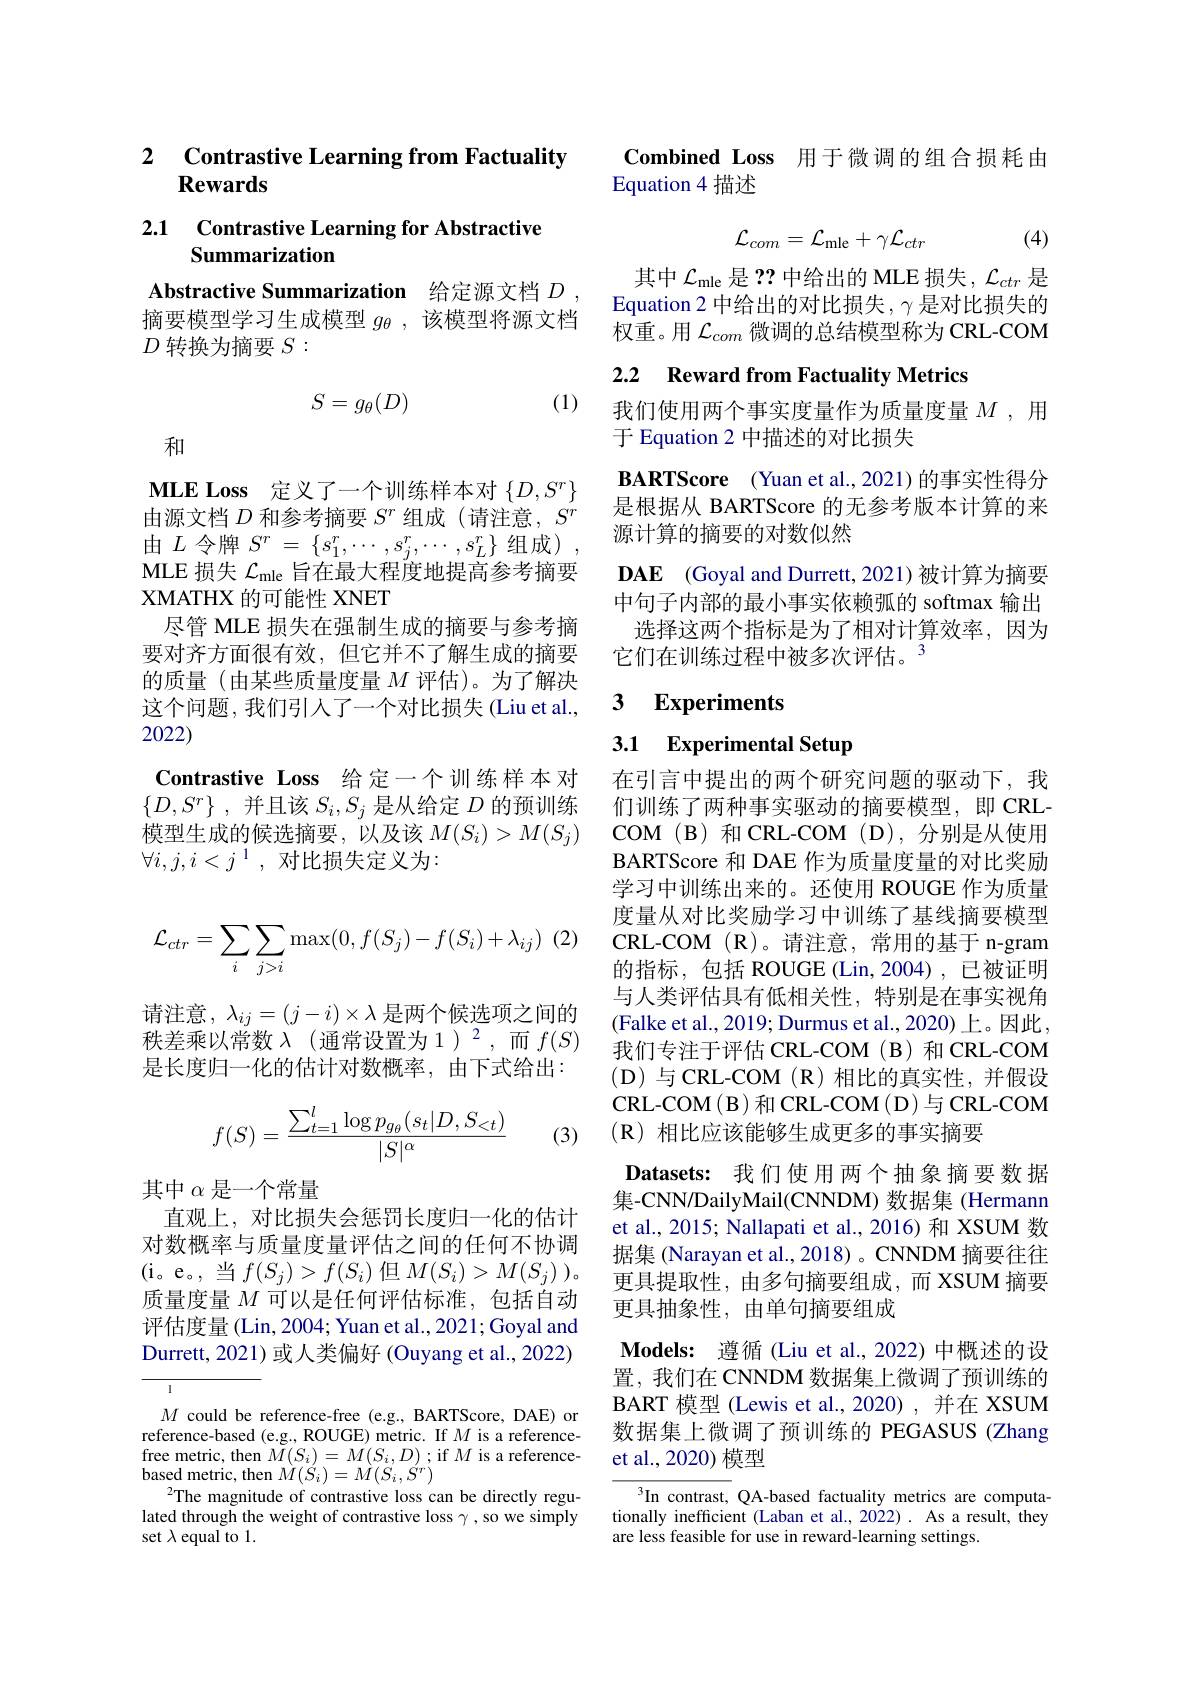
2 $\textbf{Contrastive Learning from Factuality}$
## Rewards

2.1 Contrastive Learning for Abstractive
## Summarization

Abstractive Summarization 给定源文档$D$ , 摘要模型学习生成模型$g_\theta$,该模型将源文档$D$转换为摘要$S:$

(1)
$$S=g_{\theta}(D)$$
和

MLE Loss 定义了一个训练样本对$\{D,S^r\}$ 由源文档$D$和参考摘要$S^r$组成 (请注意，$S^r$ 由$L$ 令牌 $S^r=\{s_1^r,\cdots,s_j^r,\cdots,s_L^r\}$ 组成) MLE 损失$\mathcal{L}_\mathrm{mle}$旨在最大程度地提高参考摘要XMATHX 的可能性 XNET
尽管 MLE 损失在强制生成的摘要与参考摘要对齐方面很有效，但它并不了解生成的摘要的质量(由某些质量度量$M$评估)。为了解决这个问题，我们引人了一个对比损失(Liu et al., 2022)
Contrastive Loss 给定一个训练样本对$\{ D, S^r\}$ ,并且该$S_i,S_j$是从给定$D$的预训练模型生成的候选摘要，以及该$M(S_i)>M(S_j)$ $\forall i,j,i<j^{1}$,对比损失定义为：
$$\mathcal{L}_{ctr}=\sum_i\sum_{j>i}\max(0,f(S_j)-f(S_i)+\lambda_{ij})$$
请注意，$\lambda_ij=(j-i)\times\lambda$是两个候选项之间的秩差乘以常数$\lambda$ (通常设置为 1)$^2$,而$f(S)$ 是长度归一化的估计对数概率，由下式给出：
$$f(S)=\frac{\sum_{t=1}^l\log p_{g_\theta}(s_t|D,S_{<t})}{|S|^\alpha}$$
(3)

其中$\alpha$是一个常量
直观上，对比损失会惩罚长度归一化的估计对数概率与质量度量评估之间的任何不协调(i。e。,当$f(S_j)>f(S_i)$ 但$M(S_i)>M(S_j))$。质量度量$M$可以是任何评估标准，包括自动评估度量 (Lin, 2004; Yuan et al., 2021; Goyal and Durrett, 2021) 或人类偏好 (Ouyang et al., 2022)

$M$ could be reference-free (e.g., BARTScore, DAE) or reference-based (e.g.,ROUGE) metric. If $M$ is a referencefree metric, then $M(S_{i})=M(S_{i},D)$; if $M$ is a referencebased metric, then $\dot{M}(\dot{S}_{i})=\dot{M}(\ddot{S}_{i}^{\prime},\dot{S}^{r})$
The magnitude of contrastive loss can be directly regulated through the weight of contrastive loss $\gamma$ , so we simply set $\lambda$ equal to 1.

Combined Loss 用于微调的组合损耗由
Equation 4 描述

(4)
$$\mathcal{L}_{com}=\mathcal{L}_{\mathrm{mle}}+\gamma\mathcal{L}_{ctr}$$
其中$\mathcal{L}_\mathrm{mle}$是 ?? 中给出的 MLE 损失，$\mathcal{L}_{ctr}$是Equation 2 中给出的对比损失，$\gamma$是对比损失的权重。用$\mathcal{L}_com$微调的总结模型称为 CRL-COM

2.2 Reward from Factuality Metrics

我们使用两个事实度量作为质量度量$M$,用
于 Equation 2 中描述的对比损失

BARTScore (Yuan et al.,2021)的事实性得分是根据从 BARTScore 的无参考版本计算的来源计算的摘要的对数似然

DAE (Goyal and Durrett, 2021)被计算为摘要中句子内部的最小事实依赖弧的 softmax 输出
选择这两个指标是为了相对计算效率，因为
它们在训练过程中被多次评估。$^{3}$

### $\textbf{3}$ $\textbf{Experiments}$

# 3.1 Experimental Setup

在引言中提出的两个研究问题的驱动下，我们训练了两种事实驱动的摘要模型，即 CRLCOM(B)和CRL-COM(D),分别是从使用BARTScore 和 DAE 作为质量度量的对比奖励学习中训练出来的。还使用 ROUGE 作为质量度量从对比奖励学习中训练了基线摘要模型CRL-COM (R)。请注意，常用的基于 n-gram 的指标，包括 ROUGE(Lin,2004),已被证明与人类评估具有低相关性，特别是在事实视角(Falke et al., 2019; Durmus et al., 2020) 上。因此， 我们专注于评估 CRL-COM (B)和 CRL-COM $$($D)与CRL-COM(R)相比的真实性，并假设$ CRL- COM( B) 和CRL-COM(D)与CRL-COM $(\mathbf{R})$相比应该能够生成更多的事实摘要

Datasets: 我们使用两个抽象摘要数据集-CNN/DailyMail(CNNDM) 数据集 (Hermann et al., 2015; Nallapati et al., 2016) 和 XSUM 数据集 (Narayan et al., 2018) 。CNNDM 摘要往往更具提取性，由多句摘要组成，而 XSUM 摘要更具抽象性，由单句摘要组成

Models: 遵循 (Liu et al.,2022)中概述的设置，我们在 CNNDM 数据集上微调了预训练的BART 模型 (Lewis et al.,2020) ,并在 XSUM 数据集上微调了预训练的 PEGASUS (Zhang et al., 2020) 模型

$\overline{{^{3}\mathrm{In~contrast,~}}}$QA-based factuality metrics are computationally inefficient (Laban et al., 2022) . As a result, they are less feasible for use in reward-learning settings.